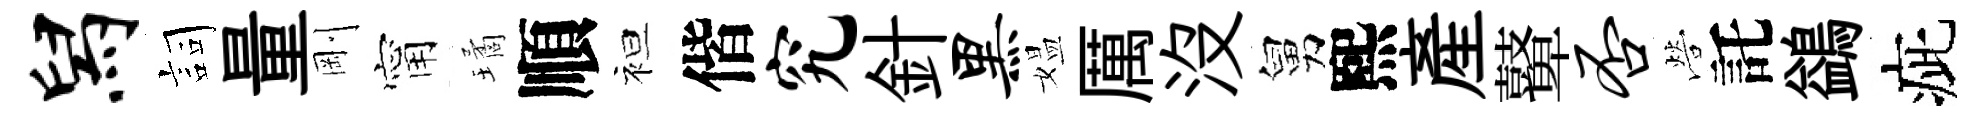
舄詞量剛甯璚順袒偕究針黑媪厲没舅熙産鼙否營託鷁疵